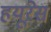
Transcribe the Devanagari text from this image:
हयूरेस